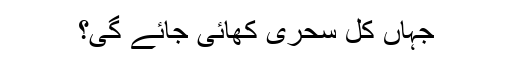
جہاں کل سحری کھائی جائے گی؟